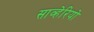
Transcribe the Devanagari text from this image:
साव्हेरियो